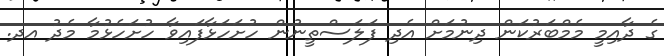
ގެ ދާއިމީ މެމްބަރުކަން ދިނުމަށް އެދި ފަލަސްތީނުން ހުށަހަޅާފައިވާ ހުށަހެޅުމާ މެދު އދ.